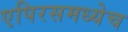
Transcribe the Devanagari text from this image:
एपिरसमध्येच